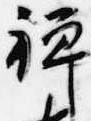
禅